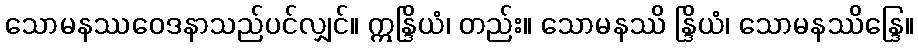
သောမနဿဝေဒနာသည်ပင်လျှင်။ ဣန္ဒြိယံ၊ တည်း။ သောမနဿိ န္ဒြိယံ၊ သောမနဿိန္ဒြေ။